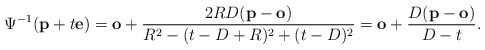
\begin{align*}\Psi^{-1} (\mathbf p + t \mathbf e) =\mathbf o + \frac{ 2RD (\mathbf p - \mathbf o) }{ R^2 - (t-D+R)^2 +(t -D)^2} =\mathbf o + \frac{ D (\mathbf p - \mathbf o) }{ D - t }.\end{align*}